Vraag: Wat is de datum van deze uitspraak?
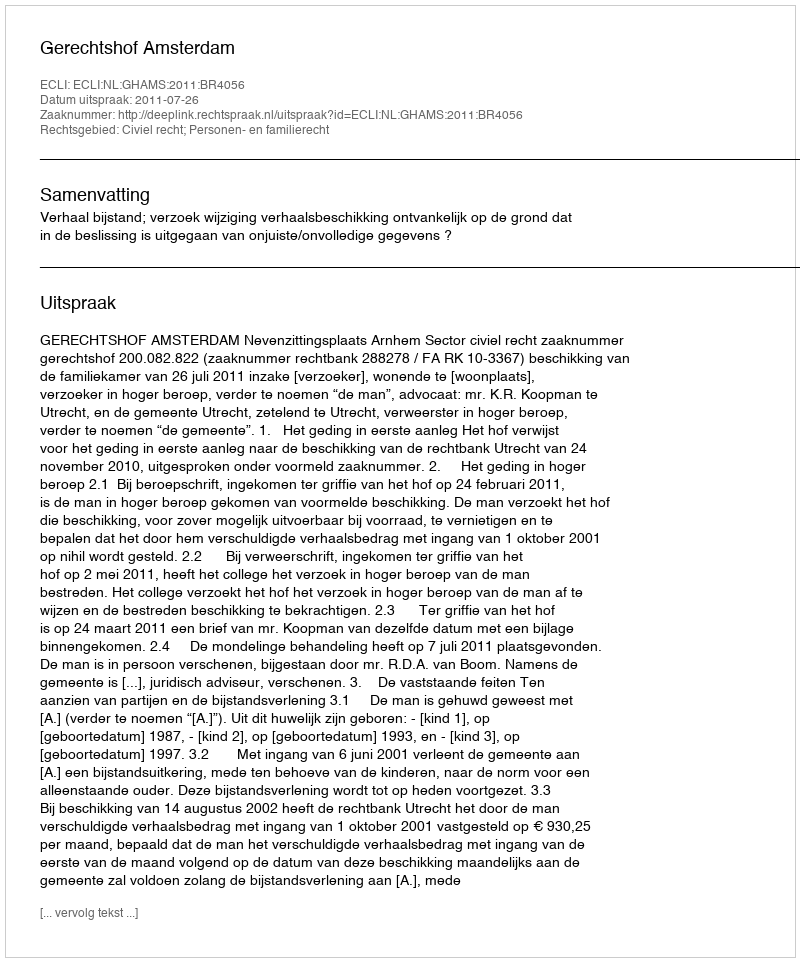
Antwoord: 2011-07-26